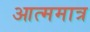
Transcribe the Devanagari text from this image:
आत्ममात्र